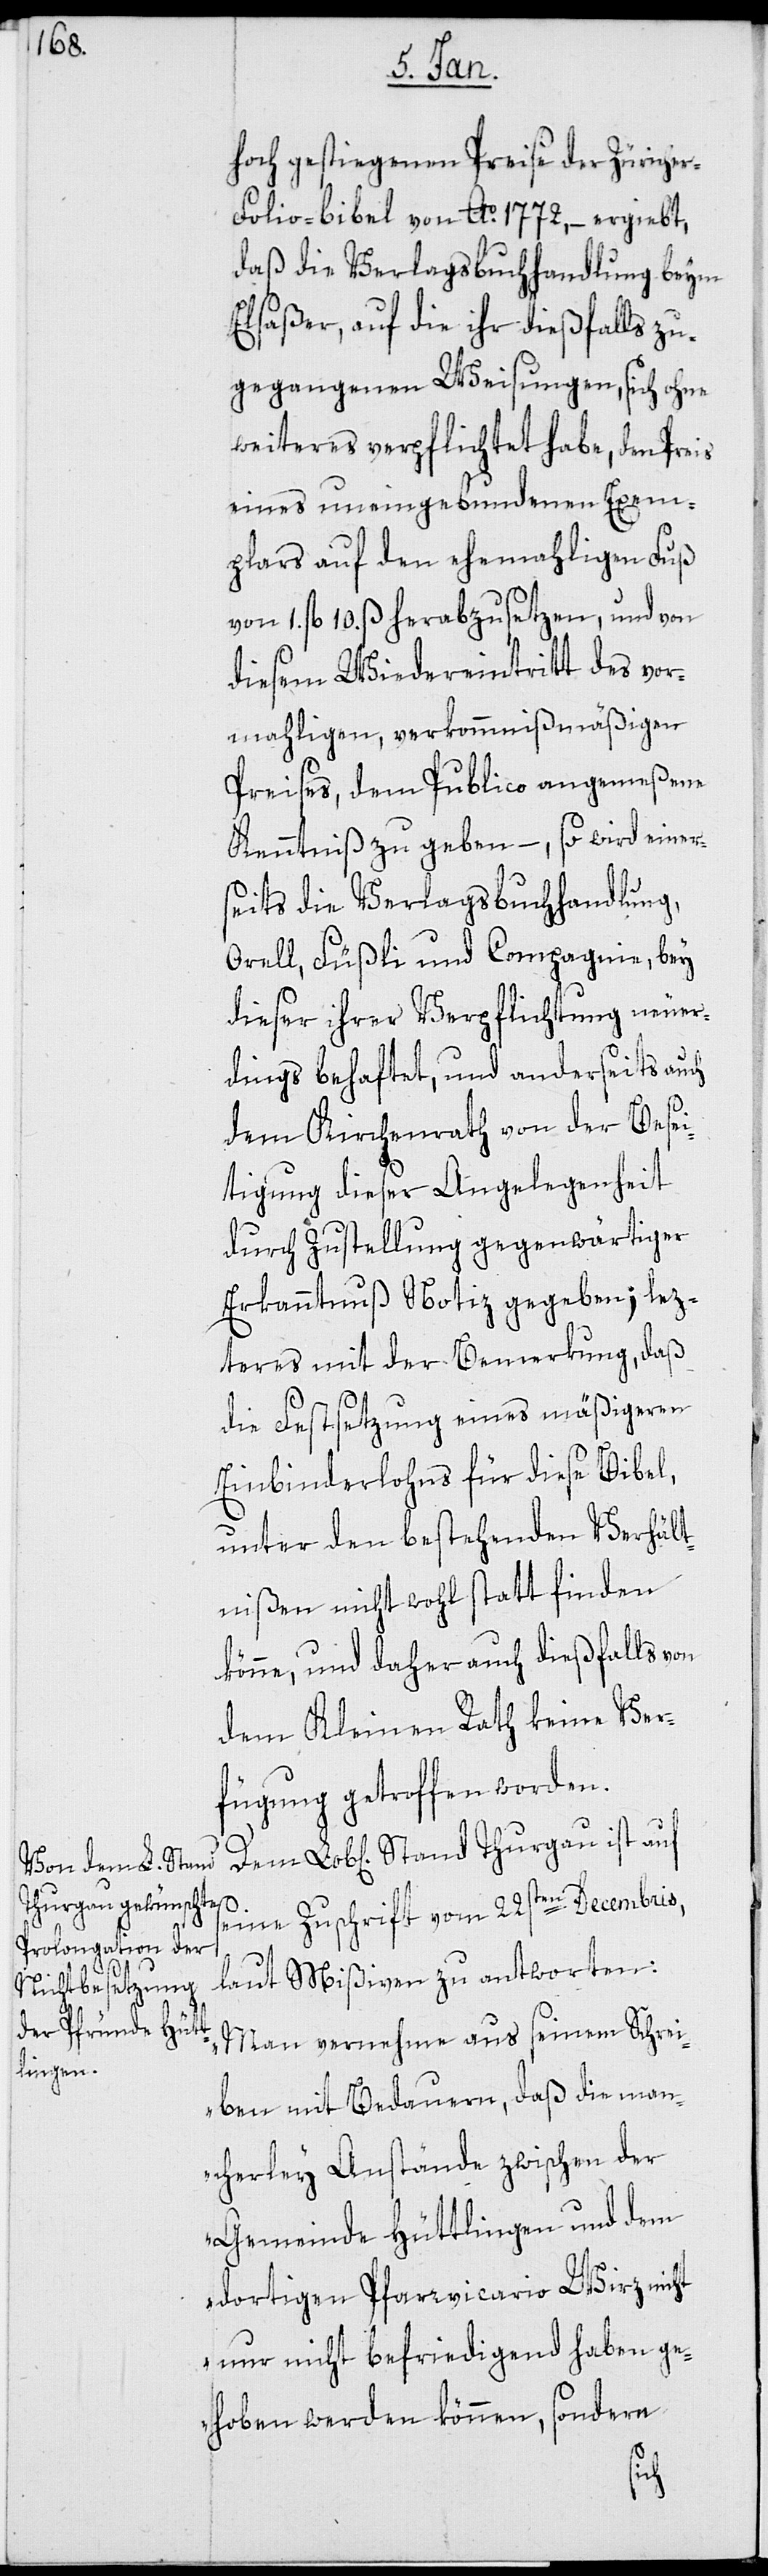
hoch gestiegenen Preise der Züriche¬
r-Folio-Bibel von Ao 1772 – ergiebt,
daß die Verlagsbuchhandlung beym
Elsaßer, auf die ihr dießfalls zu¬
gegangenen Weisungen, sich ohne
weiteres verpflichtet habe, den Preis
eines uneingebundenen Exem¬
plars auf den ehemahligen Fuß
von 1. fl. 10. ß herabzusetzen, und von
diesem Wiedereintritt des vor¬
mahligen, verkommnismäßigen
Preises, dem Publico angemeßene
Kenntniß zu geben, – so wird einer¬
seits die Verlagsbuchhandlung
Orell, Füßli und Compagnie, bey
dieser ihrer Verpflichtung neuer¬
dings behaftet, und anderseits auch
dem Kirchenrath von der Besei¬
tigung dießer Angelegenheit
durch Zustellung gegenwärtiger
Erkanntnuß Notiz gegeben; letz¬
teres mit der Bemerkung, daß
die Festsetzung eines mäßigeren
Einbinderlohns für diese Bibel,
unter den bestehenden Verhält¬
nißen nicht wohl stattfinden
könne, und daher auch dießfalls von
dem Kleinen Rath keine Ver¬
fügung getroffen worden.
Lob[lichen] Stand Thurgau ist auf
seine Zuschrift vom 22sten Decembris
laut Mißiven zu antworten:
„Man vernehme aus seinem Schrei¬
ben mit Bedauern, daß die man¬
cherley Anstände zwischen der
Gemeinde Hüttlingen und dem
dortigen Pfarrvicario Wirz nicht
nur nicht befriedigend haben ge¬
hoben werden können, sondern